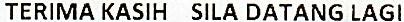
TERIMA KASIH SILA DATANG LAGI